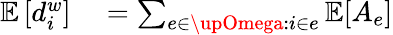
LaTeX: \begin{array}{rl}{\mathbb{E}\left[d_{i}^{w}\right]}&{{}=\sum_{e\in\upOmega:i\in e}\mathbb{E}[A_{e}]}\end{array}